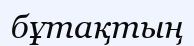
бұтақтың